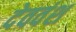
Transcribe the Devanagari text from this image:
देववंश